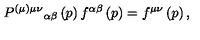
P ^ { ( \mu ) \mu \nu } { } _ { \alpha \beta } \left( p \right) f ^ { \alpha \beta } \left( p \right) = f ^ { \mu \nu } \left( p \right) ,